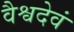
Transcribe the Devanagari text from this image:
वैश्वदेवं